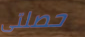
حصلتى